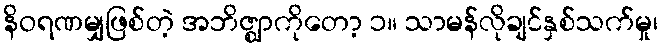
နိဝရဏမျှဖြစ်တဲ့ အဘိဇ္ဈာကိုတော့ ၁။ သာမန်လိုချင်နှစ်သက်မှု၊